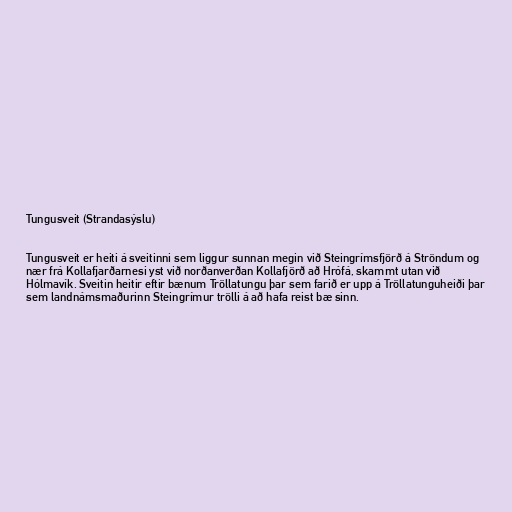
Tungusveit (Strandasýslu)

Tungusveit er heiti á sveitinni sem liggur sunnan megin við Steingrímsfjörð á Ströndum og
nær frá Kollafjarðarnesi yst við norðanverðan Kollafjörð að Hrófá, skammt utan við
Hólmavík. Sveitin heitir eftir bænum Tröllatungu þar sem farið er upp á Tröllatunguheiði þar
sem landnámsmaðurinn Steingrímur trölli á að hafa reist bæ sinn.